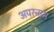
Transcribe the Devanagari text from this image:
अपरनाम